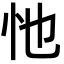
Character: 忚